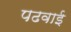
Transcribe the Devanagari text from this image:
पढवाई